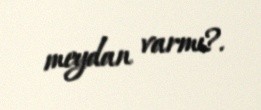
meydan varmı?.